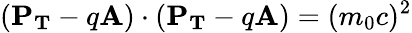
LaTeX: (\mathbf{P_{T}}-q\mathbf{A})\cdot(\mathbf{P_{T}}-q\mathbf{A})=(m_{0}c)^{2}